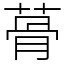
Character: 蓇